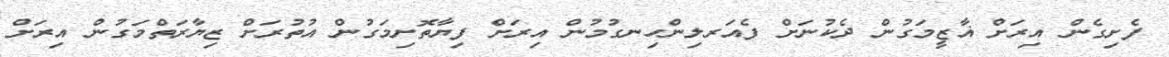
ފެށިގެން އިރަށް ޣާޒީމަގުން ދެކުނަށް ފެއަރލިންހިނގުމުން އިރަށް ފިޔާތޮށިމަގުން އުތުރަށް ޒިޔާރަތްމަގުން އިރަށް